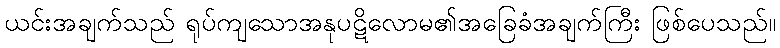
ယင်းအချက်သည် ရုပ်ကျသောအနုပဋိလောမ၏အခြေခံအချက်ကြီး ဖြစ်ပေသည်။